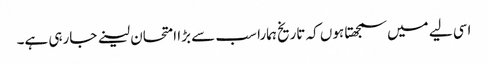
اسی لیے میں سمجھتا ہوں کہ تاریخ ہمارا سب سے بڑا امتحان لینے جارہی ہے۔